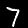
Label: 7